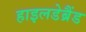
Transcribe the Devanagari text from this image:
हाइलडेब्रैंड